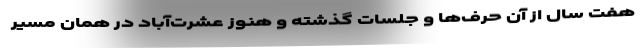
هفت سال از آن‌ حرف‌ها و جلسات گذشته و هنوز عشرت‌آباد در همان مسیر